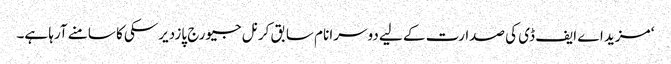
‘ مزید اے ایف ڈی کی صدارت کے لیے دوسرا نام سابق کرنل جیورج پازدیرسکی کا سامنے آرہا ہے۔